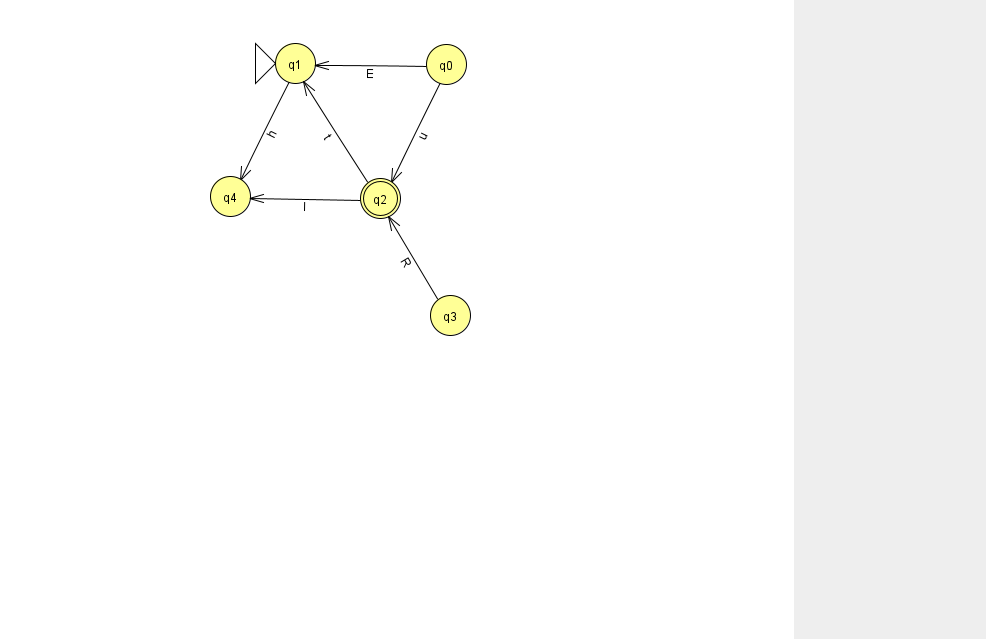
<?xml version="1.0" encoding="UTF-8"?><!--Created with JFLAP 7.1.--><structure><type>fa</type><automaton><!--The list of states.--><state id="0" name="q0"><x>446.0</x><y>51.0</y></state><state id="1" name="q1"><x>295.0</x><y>50.0</y><initial/></state><state id="2" name="q2"><x>380.0</x><y>185.0</y><final/></state><state id="3" name="q3"><x>450.0</x><y>302.0</y></state><state id="4" name="q4"><x>230.0</x><y>183.0</y></state><!--The list of transitions.--><transition><from>2</from><to>4</to><read>l</read></transition><transition><from>0</from><to>1</to><read>E</read></transition><transition><from>2</from><to>1</to><read>t</read></transition><transition><from>3</from><to>2</to><read>R</read></transition><transition><from>0</from><to>2</to><read>u</read></transition><transition><from>1</from><to>4</to><read>h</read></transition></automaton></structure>